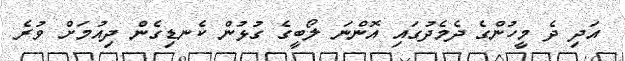
އަދި ދެ މީހުންގެ ދެމެދުގައި އޮންނަ ލޯބީގެ ގުޅުން ކެނޑިގެން ދިއުމަށް ވުރެ